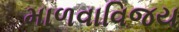
માળવાવિજય